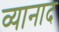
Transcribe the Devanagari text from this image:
व्यानाद